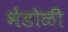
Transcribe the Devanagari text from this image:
भेंडोळी